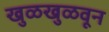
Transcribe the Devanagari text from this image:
खुळखुळवून